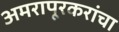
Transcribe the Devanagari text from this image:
अमरापूरकरांचा